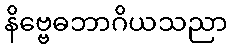
နိဗ္ဗေဓဘာဂိယသညာ